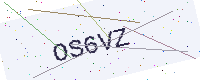
Text: OS6VZ